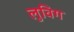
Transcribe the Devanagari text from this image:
लुविग